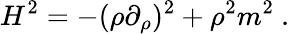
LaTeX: H^{2}=-(\rho\partial_{\rho})^{2}+\rho^{2}m^{2}~.